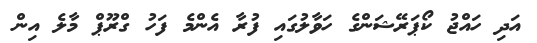
އަދި ހައްޖު ކޯޕަރޭޝަންގެ ހަވާލުގައި ފުރާ އެންމެ ފަހު ގްރޫޕް މާލެ އިން